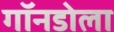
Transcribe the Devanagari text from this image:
गॉनडोला